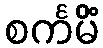
စင်္ကမိံ